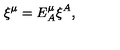
\xi ^ { \mu } = E _ { A } ^ { \mu } \xi ^ { A } ,